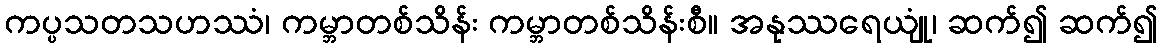
ကပ္ပသတသဟဿံ၊ ကမ္ဘာတစ်သိန်း ကမ္ဘာတစ်သိန်းစီ။ အနုဿရေယျုံ၊ ဆက်၍ ဆက်၍